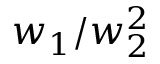
w _ { 1 } / w _ { 2 } ^ { 2 }